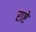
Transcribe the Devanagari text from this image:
राष्टे